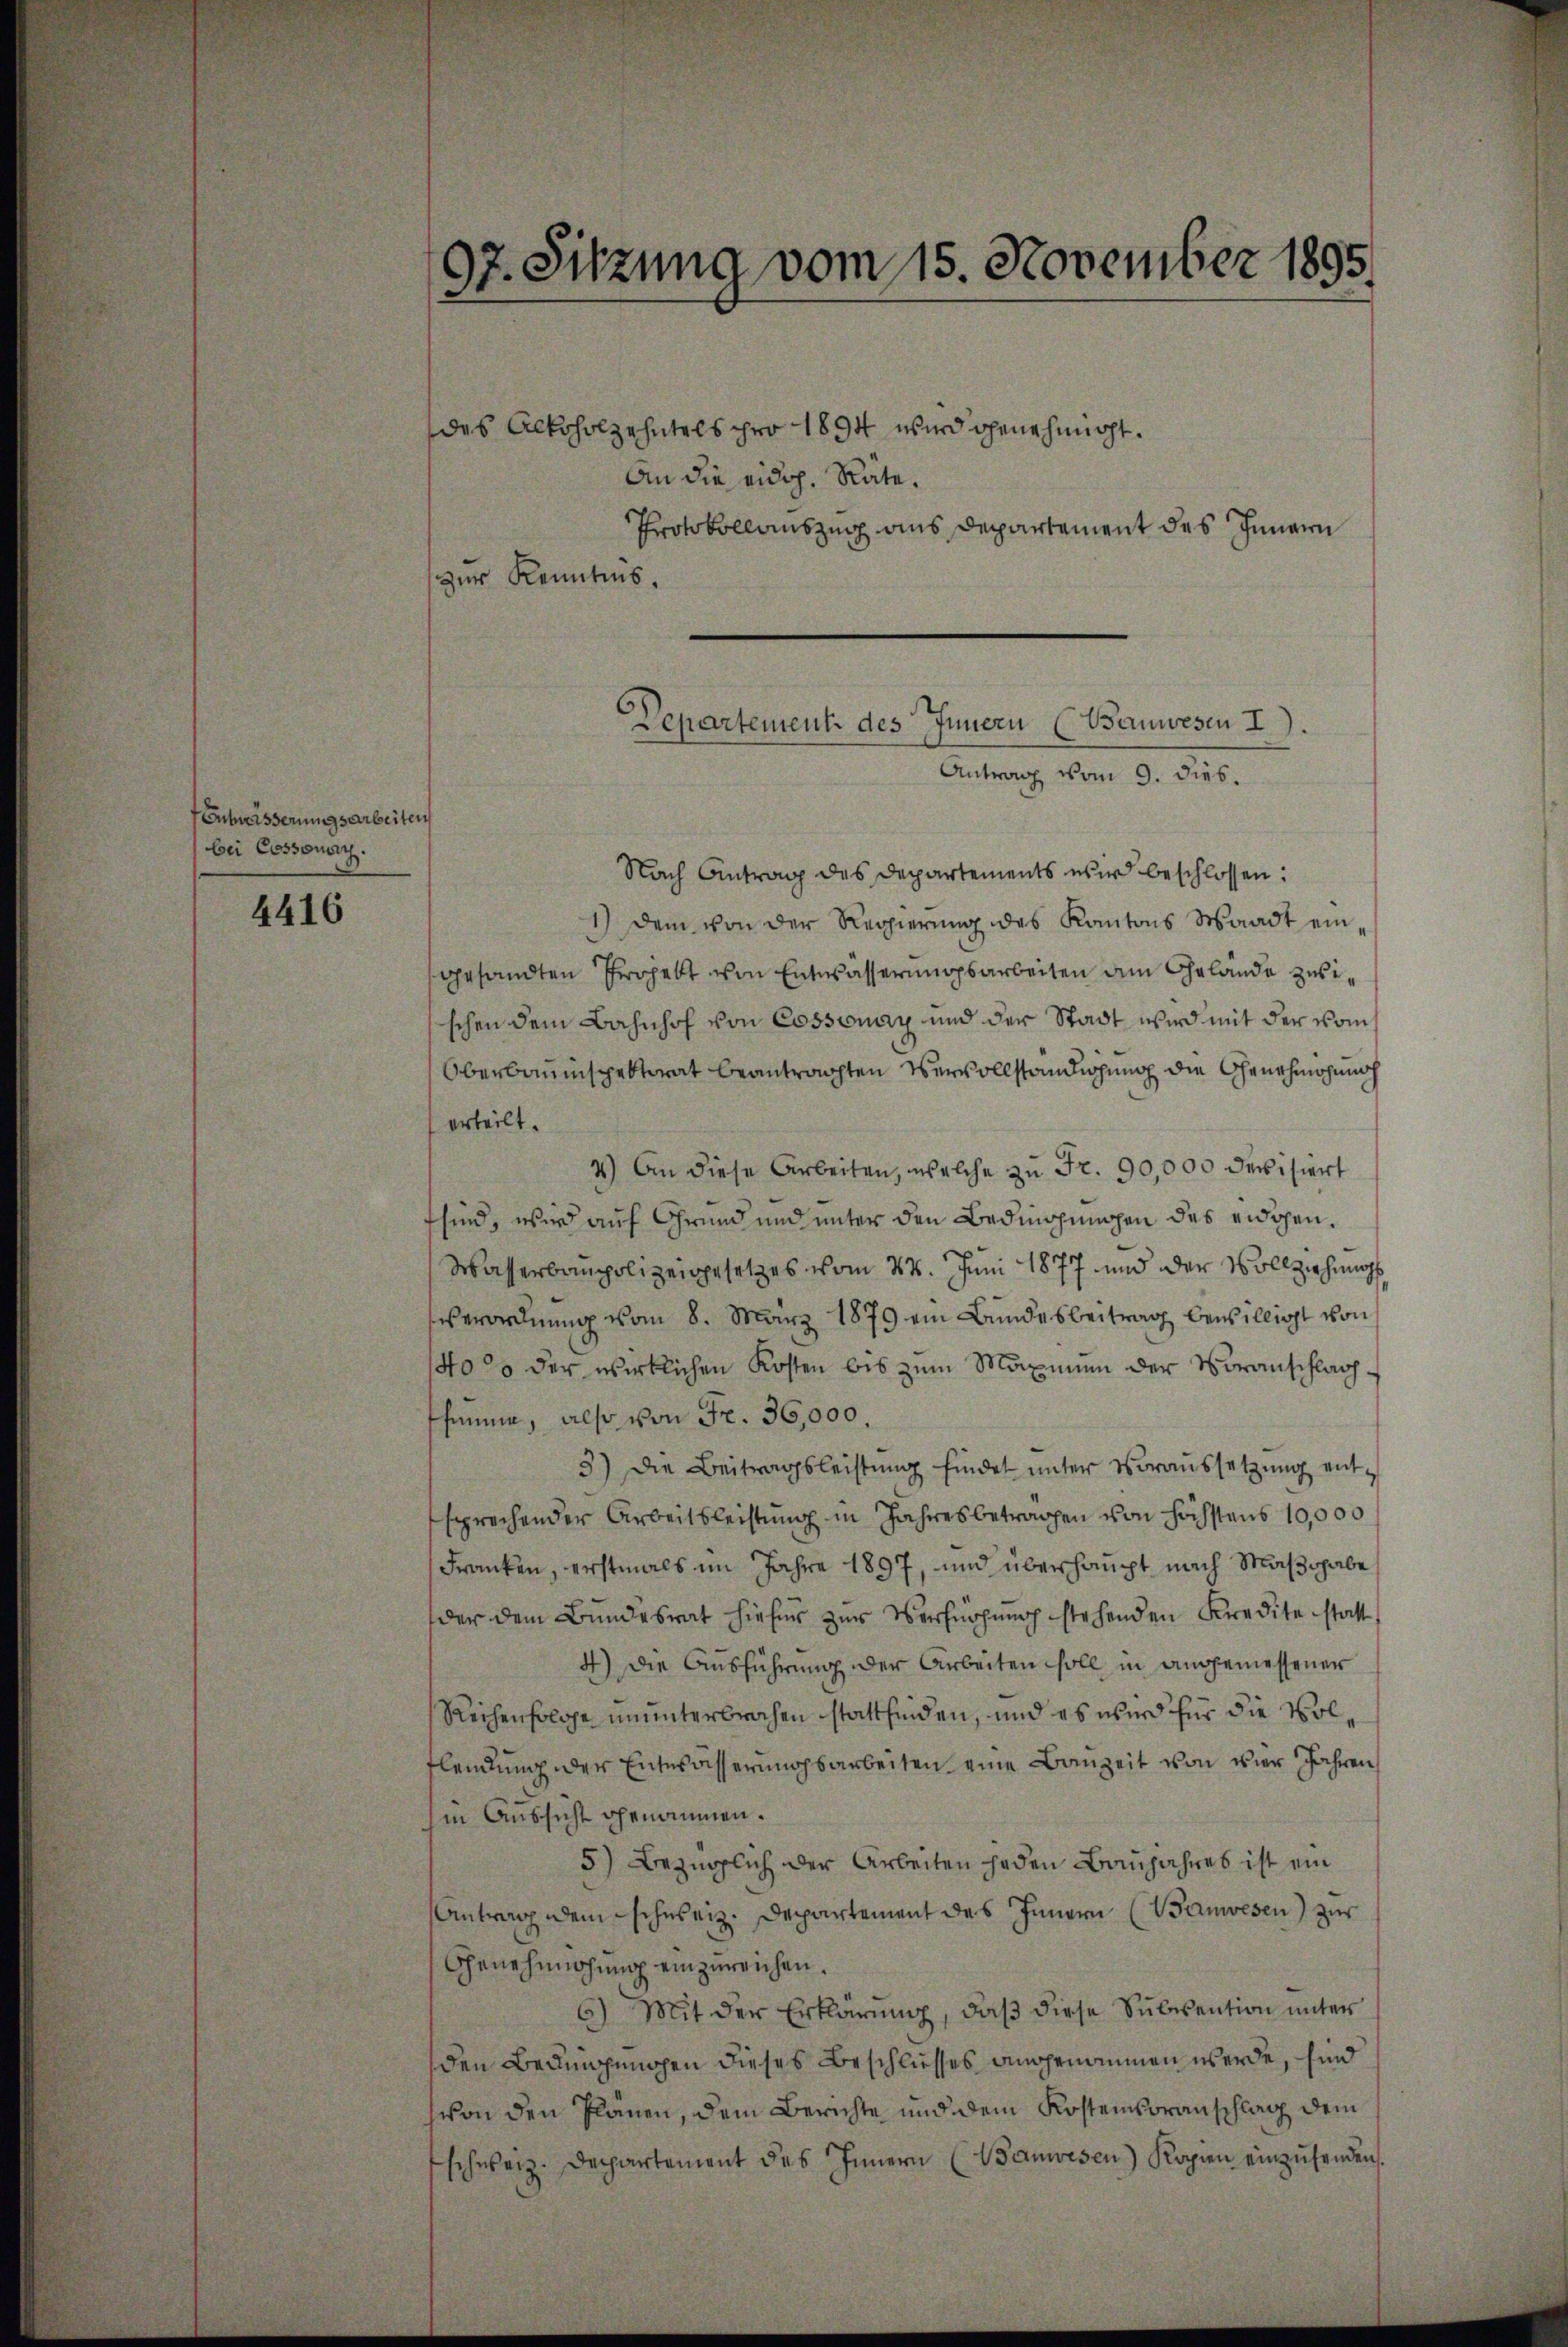
Enheisserungsarbeiten
bei Cossonach.

4416

97. Sitzung vom 15. November 1895
.

des Alkoholzehntels pro 1894 wird genehmigt.
An die eidg. Räte.
Protokollauszug aus Departement des Innern
zur Kenntnis.

Departement des Innern (Wanwesen I).
Antrag vom 9. dies.

Nach Antrag des Departements wir beschlossen:
1.) Dem von der Regierung des Kantons Waadt eingesandten Ergebt von Entwässerungsarbeiten am Gelände zwischen dem Bahnhof von Cossonay und der Stadt wird mit der vom
Oberbauinspektorat beantrachten Vervollständigung die Genehmigung
erteilt.
4.) An diese Arbeiten, welche zu Fr. 90,000 devisiert
sind, wird auf Grund und unter den Bedingungen des eidgen.
Wasserbaupolizeigesetzes vom 24. Juni 1877 und der Vollziehungs
Verordnung vom 8. März 1879 ein Bundesbeitrag bewilligt von
40% der wirklichen Kosten bis zum Maximen der Voranschlag
shimme, also von Fr. 36,000.
3) Die Beitragsleistung findet unter Voraussetzung entsprechender Arbeitsleistung in Jahres betrachen von höchstens 10,000
Franken, erstmals im Jahre 1897, und überhaupt nach Maßhabe
der dem Bundesrat hiefür zur Verfügung stehenden Kreditestatt
4) Die Ausführung der Arbeiten soll in angemessener
Reihenfolge ununterbrochen stattfinden, und es wird für die Volflendung der Entwässerungsarbeiten eine Bauzeit von vier Jahren
hin Aussicht genommen.
5) Bezüglich der Arbeiten jeden Baujahres ist ein
Antrag dem schweiz. Departement des Innern (Banwesen) zur
Genehmigung einzureichen.
6) Mit der Erklärung, daß diese Subvention unter
den Bedingungen dieses Beschliesses angenommen werde, sind
(von den Planen, dem Berichte und dem Kostenvoranschlag dem
schweiz. Departement des Innern (Banwesen) Kopien einzŭsenden.